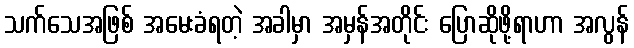
သက်သေအဖြစ် အမေးခံရတဲ့ အခါမှာ အမှန်အတိုင်း ပြောဆိုဖို့ရာဟာ အလွန်